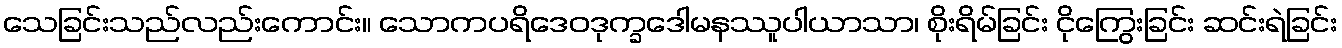
သေခြင်းသည်လည်းကောင်း။ သောကပရိဒေဝဒုက္ခဒေါမနဿူပါယာသာ၊ စိုးရိမ်ခြင်း ငိုကြွေးခြင်း ဆင်းရဲခြင်း